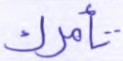
تأمرك